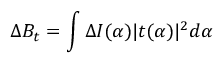
\Delta B _ { t } = \int \Delta I ( \alpha ) | t ( \alpha ) | ^ { 2 } d \alpha